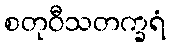
စတုဝီသတက္ခရံ